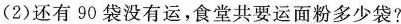
(2)还有 90 袋没有运，食堂共要运面粉多少袋?